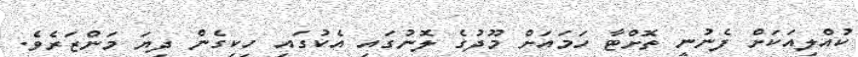
ކުއްލިއަކަށް ފެނުނީ ތޮށްޓާ ހަމައަށް މޫދުގެ ލޮނުގައި އެކުގައި ހިކިގެން ދިޔަ މަންޒަރެވެ.